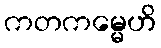
ကတကမ္မေဟိ